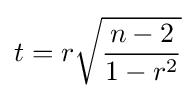
t=r{\sqrt {\frac {n-2}{1-r^{2}}}}